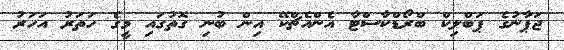
ޖަޕާނުގެ ޕަބްލިކް ބްރޯޑްކާސްޓާ އެންއެޗްކޭ އިން ބުނި ގޮތުގައި މީގެ ހަތަރު އަހަރު